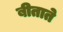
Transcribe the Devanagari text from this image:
बीताते